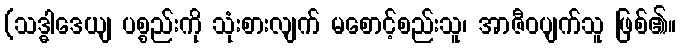
(သဒ္ဓါဒေယျ ပစ္စည်းကို သုံးစားလျက် မစောင့်စည်းသူ၊ အာဇီဝပျက်သူ ဖြစ်၏။